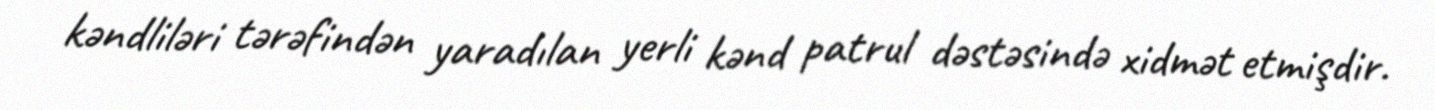
kəndliləri tərəfindən yaradılan yerli kənd patrul dəstəsində xidmət etmişdir.